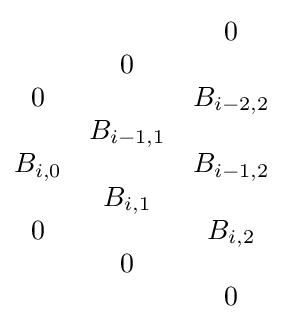
{\begin{matrix}&&0\\&0&\\0&&B_{i-2,2}\\&B_{i-1,1}&\\B_{i,0}&&B_{i-1,2}\\&B_{i,1}&\\0&&B_{i,2}\\&0&\\&&0\end{matrix}}